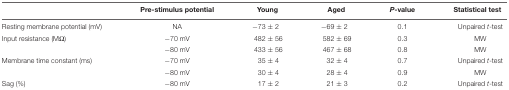
|  | Pre-stimulus potential | Young | Aged | P-value | Statistical test |
 | --- | --- | --- | --- | --- | --- |
 | Resting membrane potential (mV) | NA | -73 ± 2 | -69 ± 2 | 0.1 | Unpaired t-test |
 | Input resistance (MΩ) | -70 mV | 482 ± 56 | 582 ± 69 | 0.3 | MW |
 |  | -80 mV | 433 ± 56 | 467 ± 68 | 0.8 | MW |
 | Membrane time constant (ms) | -70 mV | 35 ± 4 | 32 ± 4 | 0.7 | Unpaired t-test |
 |  | -80 mV | 30 ± 4 | 28 ± 4 | 0.9 | MW |
 | Sag (%) | -80 mV | 17 ± 2 | 21 ± 3 | 0.2 | Unpaired t-test |